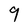
Character: 9